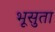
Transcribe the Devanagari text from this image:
भूसुता